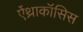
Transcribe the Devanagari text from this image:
ऐंथ्राकॉसिस